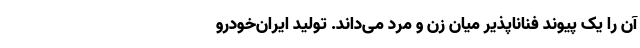
آن را یک پیوند فناناپذیر میان زن و مرد می‌داند. تولید ایران‌خودرو